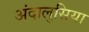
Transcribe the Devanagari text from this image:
अंदालुसिया